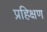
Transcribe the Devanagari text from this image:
प्रहिक्षण